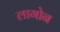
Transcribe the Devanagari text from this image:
लागोन